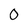
Character: 0